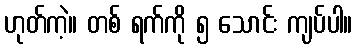
ဟုတ်ကဲ့။ တစ် ရက်ကို ၅ သောင်း ကျပ်ပါ။